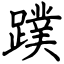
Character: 蹼